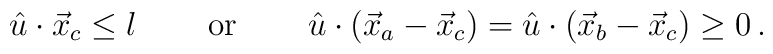
\begin{array}{ccc}\hat{u}\cdot\vec{x}_{c}\leq l~~&~~\mbox{or}~~&~~\hat{u}\cdot(\vec{x}_{a}-\vec{x}_{c})=\hat{u}\cdot(\vec{x}_{b}-\vec{x}_{c})\geq 0\,.\end{array}